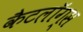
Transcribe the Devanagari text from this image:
कैटलॉग्स